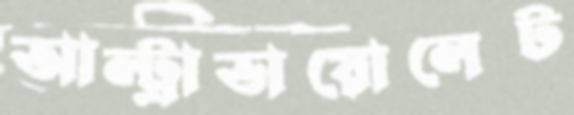
আল্ট্রাভায়োলেট